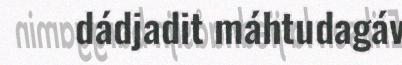
dádjadit máhtudagáv